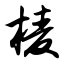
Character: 棱